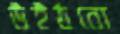
উইঠবো